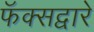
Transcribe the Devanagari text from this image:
फॅक्सद्वारे